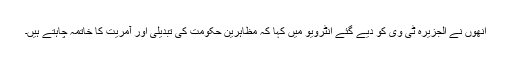
انھوں نے الجزیرہ ٹی وی کو دیے گئے انٹرویو میں کہا کہ مظاہرین حکومت کی تبدیلی اور آمریت کا خاتمہ چاہتے ہیں۔